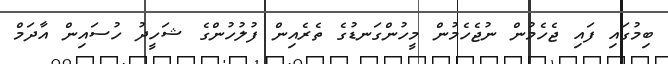
ބިމުގައި ފައި ޖެހެމުން ނުޖެހެމުން މީހުންގަނޑުގެ ތެރެއިން ފުލުހުންގެ ޝަހީދު ހުސައިން އާދަމް